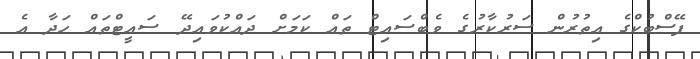
ފޭސްބުކްގެ އިތުރުން ސަރުކާރުގެ ވެބްސައިޓް ތައް ކަމަށް ދައްކުވައިދޭ ސައީޓްތައް ހަދާ އެ